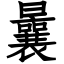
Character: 曩